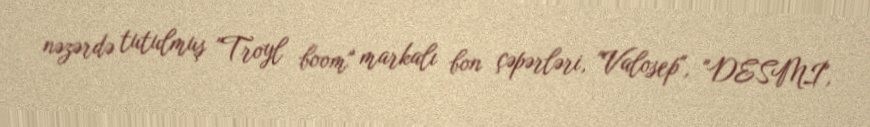
nəzərdə tutulmuş "Troyl boom" markalı bon çəpərləri, "Valosep", "DESMİ",